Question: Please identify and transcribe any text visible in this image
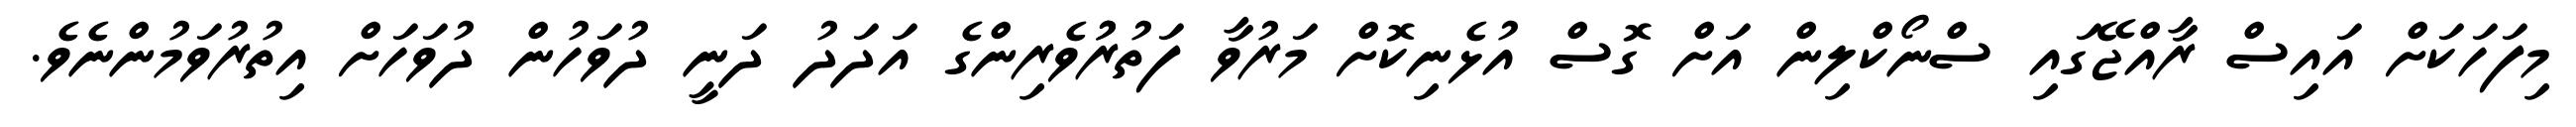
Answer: މިފަހަކަށް އައިސް ރާއްޖޭގައި ސްނޯކްލިން އަށް ގޮސް އުޅެނިކޮށް މަރުވާ ފަތުރުުވެރިންގެ އަދަދު ދަނީ ދުވަހުން ދުވަހަށް އިތުރުވަމުންނެވެ.